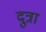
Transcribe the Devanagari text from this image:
दुत्रा